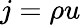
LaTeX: j=\rho u